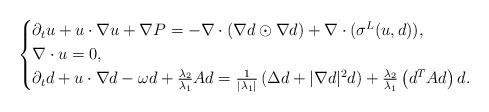
LaTeX: \begin{align*}\begin{cases}\partial_t u+u\cdot \nabla u+\nabla P=-\nabla\cdot(\nabla d\odot\nabla d)+\nabla\cdot(\sigma^L(u,d)),\\\nabla\cdot u = 0,\\\partial_t d+u\cdot\nabla d-\omega d+\frac{\lambda_2}{\lambda_1} Ad=\frac{1}{|\lambda_1|}\left(\Delta d+|\nabla d|^2d\right)+\frac{\lambda_2}{\lambda_1}\left(d^TAd\right) d.\end{cases}\end{align*}